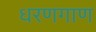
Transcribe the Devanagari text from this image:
धरणगाण